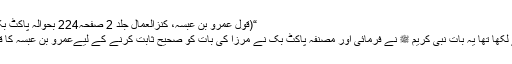
“(قول عمرو بن عبسہ، کنزالعمال جلد 2 صفحہ224 بحوالہ پاکٹ بک صفحہ 534)
مرزا قادیانی نے لکھا تھا یہ بات نبی کریم ﷺ نے فرمائی اور مصنفہ پاکٹ بک نے مرزا کی بات کو صحیح ثابت کرنے کے لیےعمرو بن عبسہ کا قول پیش کیا ہے۔